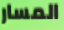
المسار